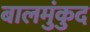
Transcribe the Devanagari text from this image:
बालमुंकुद